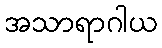
အသာရာဂါယ